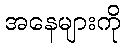
အနေများကို